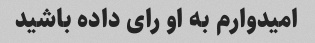
امیدوارم به او رای داده باشید